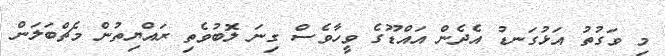
މި ވަގުތު އަޅުގަނޑު އެދެން އައްޑޫގެ ވީހާވެސް ގިނަ ލޮބުވެތި ރައްޔިތުން މެޗްބަލަން